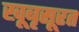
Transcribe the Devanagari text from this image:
खूबृसूरत